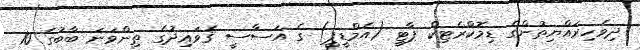
ދިވެހިރައްޔިތުންގެ ޑިމޮކްރެޓިކް ޕާޓީ (އެމްޑީޕީ) ގެ އަސާސީ ޤަވަޢިދުގެ ތިންވަނަ ބާބުގެ 10